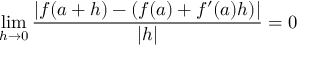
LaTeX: \operatorname* { l i m } _ { h \to 0 } { \frac { | f ( a + h ) - ( f ( a ) + f ^ { \prime } ( a ) h ) | } { | h | } } = 0